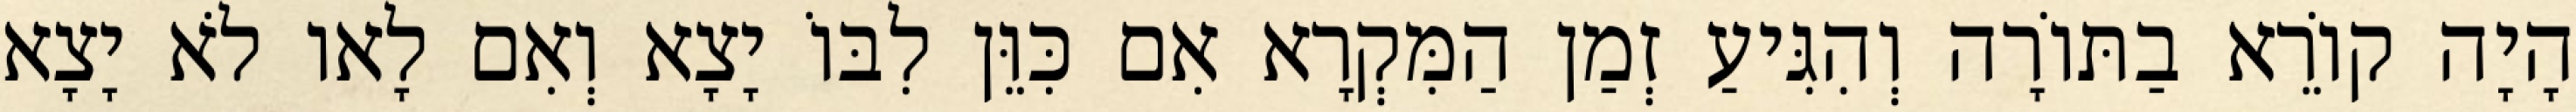
הָיָה קוֹרֵא בַתּוֹרָה וְהִגִּיעַ זְמַן הַמִּקְרָא אִם כִּוֵּן לִבּוֹ יָצָא וְאִם לָאו לֹא יָצָא